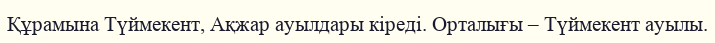
Құрамына Түймекент, Ақжар ауылдары кіреді. Орталығы – Түймекент ауылы.